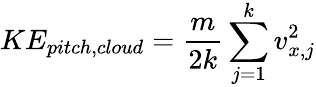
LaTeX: KE_{pitch,cloud}=\frac{m}{2k}\sum_{j=1}^{k}v_{x,j}^{2}